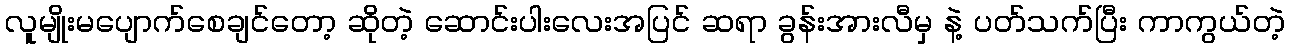
လူမျိုးမပျောက်စေချင်တော့ ဆိုတဲ့ ဆောင်းပါးလေးအပြင် ဆရာ ခွန်းအားလီမှ နဲ့ ပတ်သက်ပြီး ကာကွယ်တဲ့